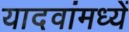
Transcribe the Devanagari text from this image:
यादवांमध्यें